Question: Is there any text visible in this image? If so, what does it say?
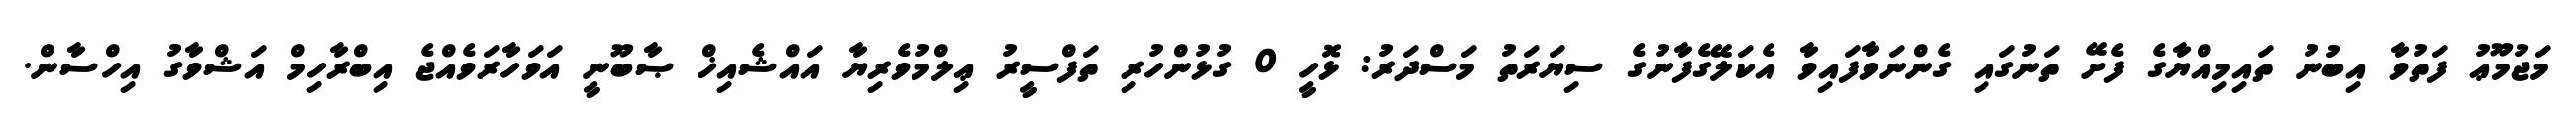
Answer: މަޖުމޫޢު ފަތުވާ އިބުނު ތައިމިއްޔާގެ ފެށޭ ތަނުގައި ގެންނަވާފައިވާ އެކަލޭގެފާނުގެ ސިޔަރަތު މަސްދަރު: ޅޮހީ 0 ގުޅުންހުރި ތަފްސީރު ޢިލްމުވެރިޔާ އައްޝެއިޚް ޞާބޫނީ އަވަހާރަވެއްޖެ އިބްރާހިމް އަޝްވާގު އިހްސާން.